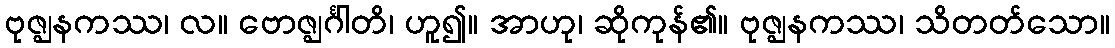
ဗုဇ္ဈနကဿ၊ လ။ ဗောဇ္ဈင်္ဂါတိ၊ ဟူ၍။ အာဟု၊ ဆိုကုန်၏။ ဗုဇ္ဈနကဿ၊ သိတတ်သော။